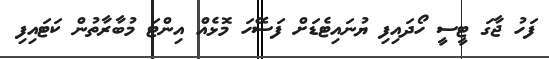
ފަހު ޖާގަ ޓީސީ ހޯދައިފި ޔުނައިޓެޑަށް ފަސޭހަ މޮޅެއް އިންޓަ މުބާރާތުން ކަޓައިފި